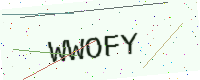
Text: WWOFY